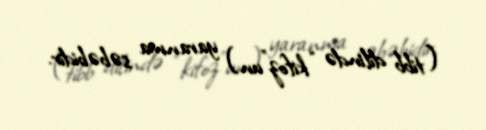
(tibb dilində “kifoz”un) yaranma səbəbidir.